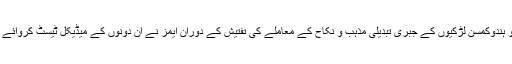
اسی سلسلے میں گھوٹکی کی دو ہندوکمسن لڑکیوں کے جبری تبدیلی مذہب و نکاح کے معاملے کی تفتیش کے دوران ایمز نے ان دونوں کے میڈیکل ٹیسٹ کروائے جس سے عمرکا تعین ہوتا ہے۔